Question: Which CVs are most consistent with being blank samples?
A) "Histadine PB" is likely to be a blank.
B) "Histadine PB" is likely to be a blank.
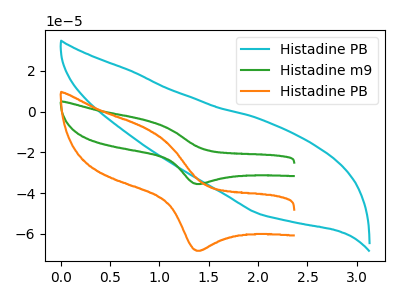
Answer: <think>The cyan curve "Histadine PB" has no peaks. The green curve "Histadine m9" has an anodic peak at (0.90V, -4.45uA) and a cathodic peak at (1.40V, -35.55uA). The orange curve "Histadine PB" has an anodic peak at (0.90V, -8.55uA) and a cathodic peak at (1.40V, -68.25uA).</think>
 <answer>A) "Histadine PB" is likely to be a blank.</answer>
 <eval>A</eval>